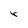
Character: r